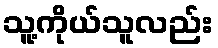
သူ့ကိုယ်သူလည်း